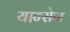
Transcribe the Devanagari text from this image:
यान्सेन